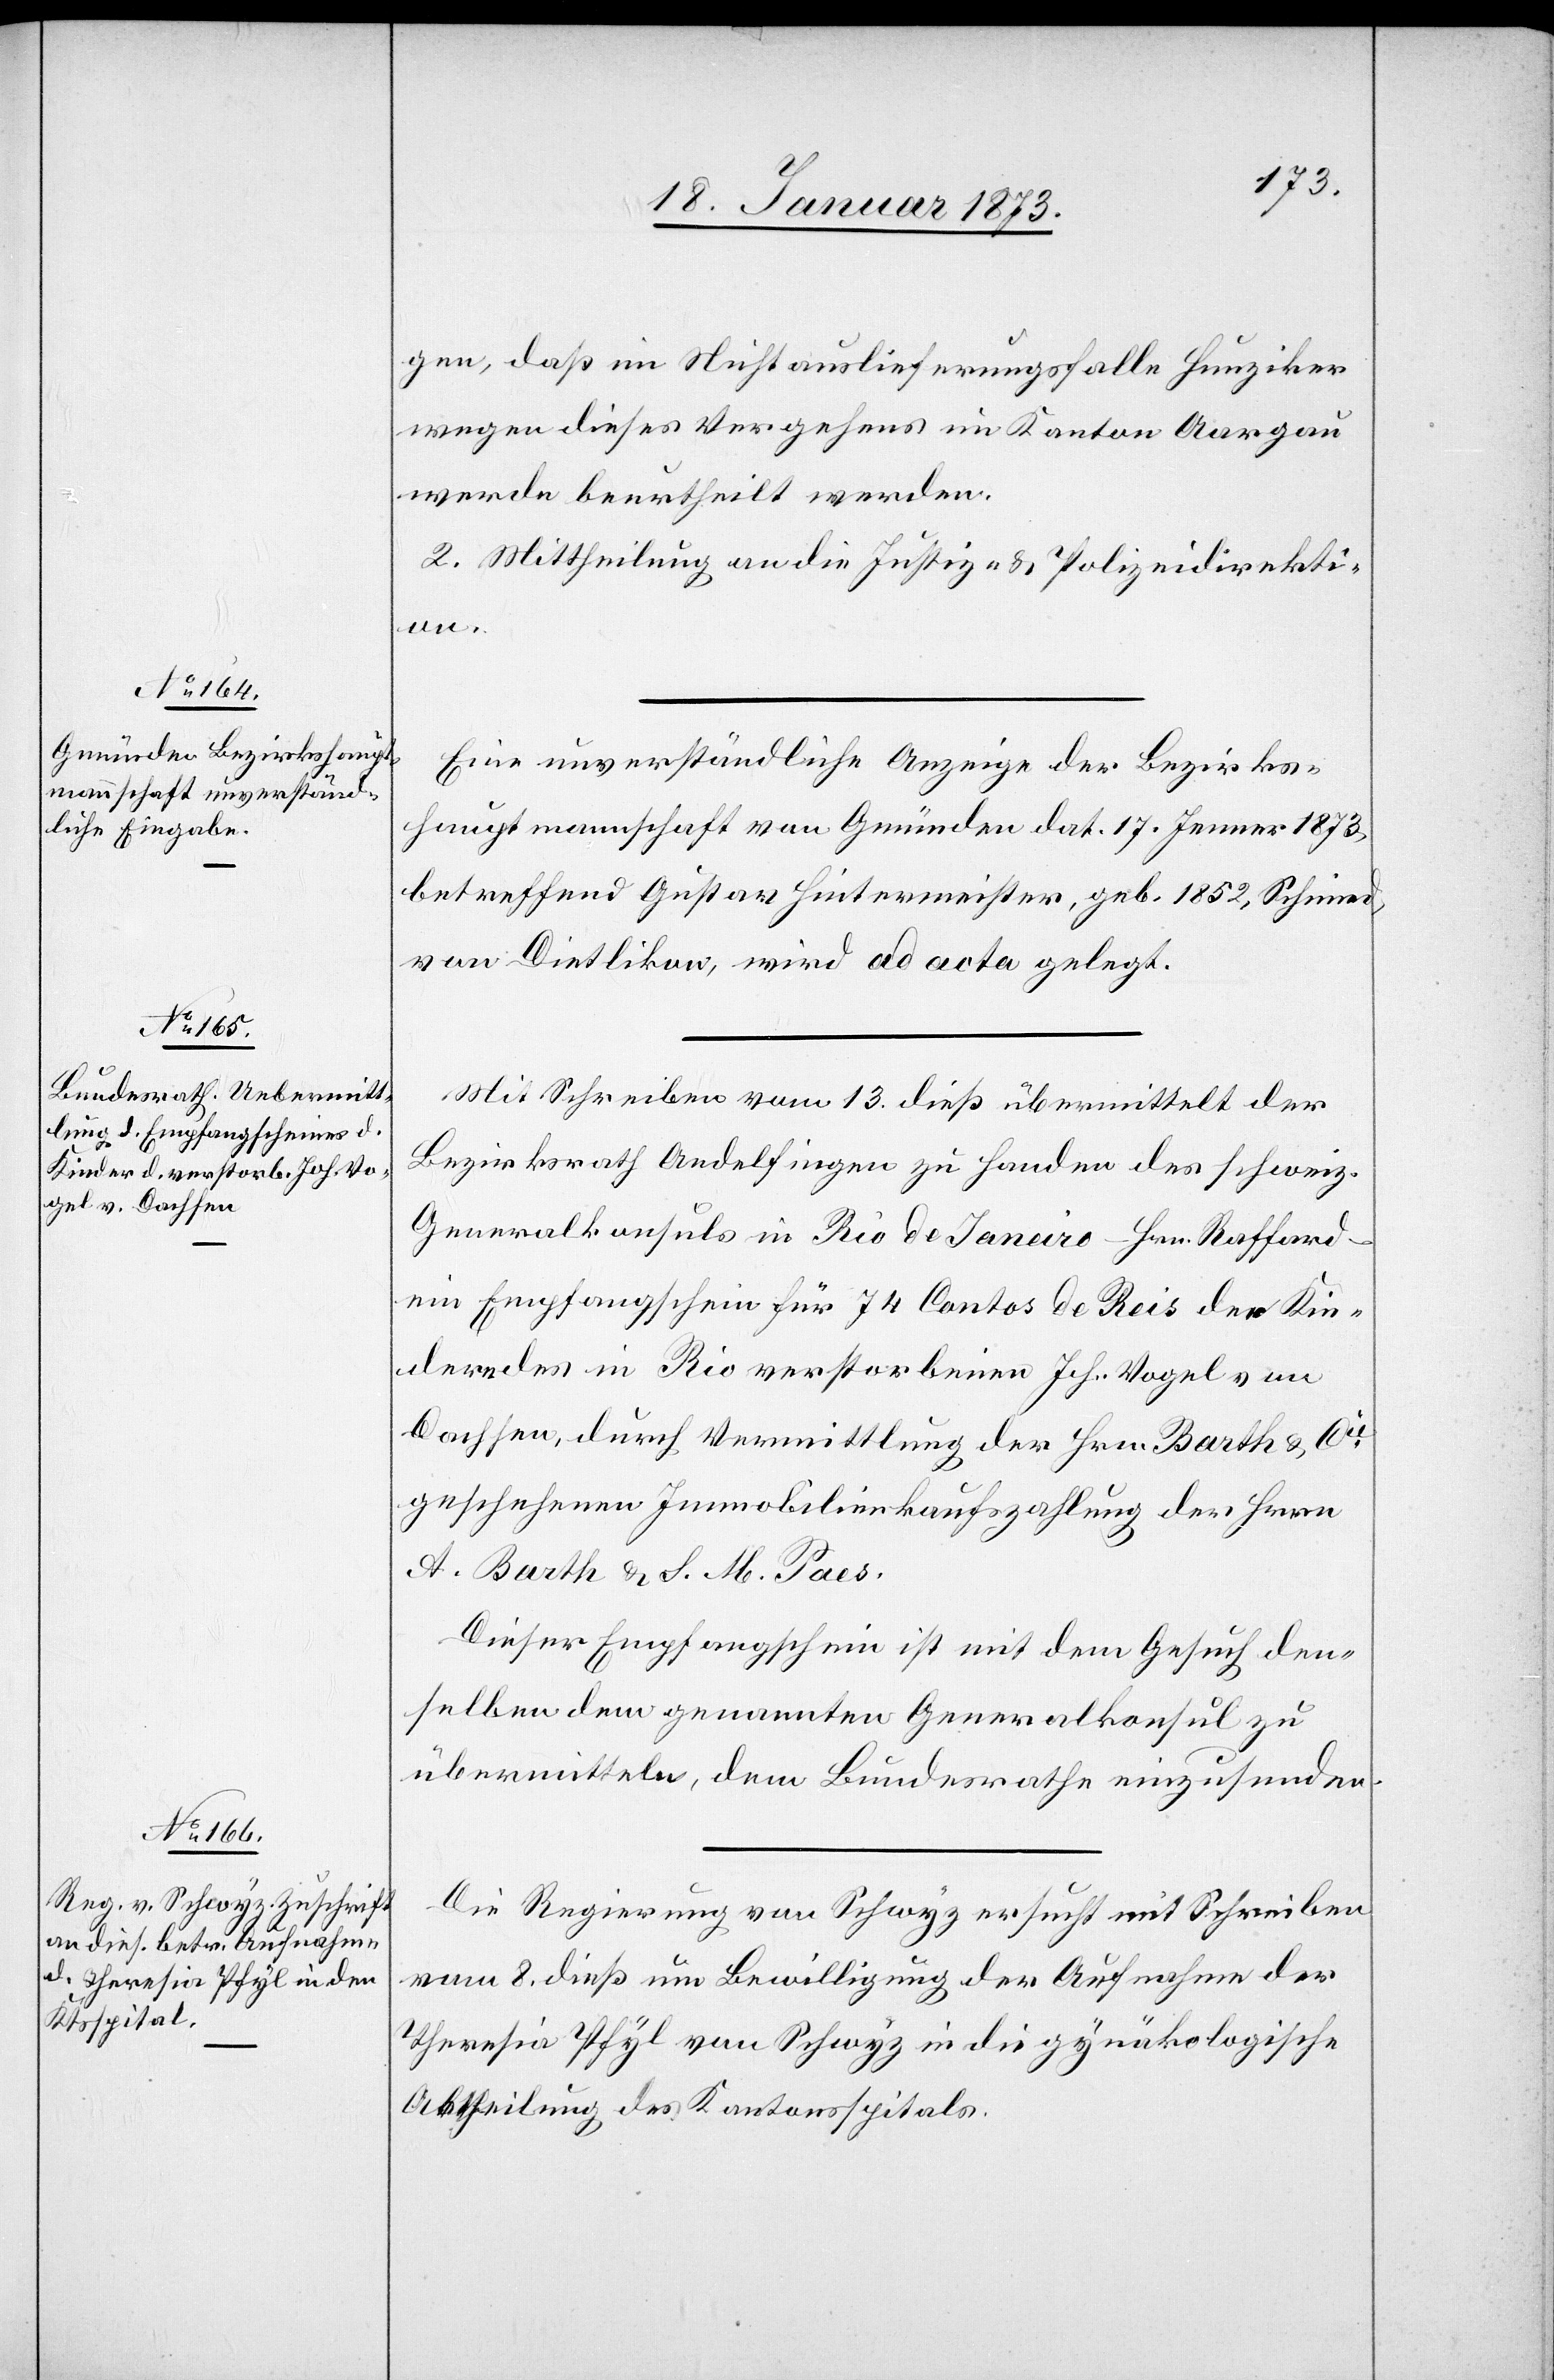
20. Januar 1873.]
gen, daß im Nichtauslieferungsfalle Hunziker
wegen dieses Vergehens im Kanton Aargau
werde beurtheilt werden.
2. Mittheilung an die Justiz- u. Polizeidirekti¬
on.
Eine unverständliche Anzeige der Bezirks¬
hauptmannschaft von Gmünden dat. 17. Jenner 1873,
betreffend Gustav Hintermeister, geb. 1852, Schmied
von Dietlikon, wird ad acta gelegt.
Mit Schreiben vom 13. dieß übermittelt der
Bezirksrath Andelfingen zu Handen des schweiz.
Generalkonsuls in Rio de Janeiro – Hrn. Raffard
ein Empfangschein für 74 Cantos de Reis der Kin¬
der des in Rio verstorbenen Joh. Vogel von
Dachsen, durch Vermittlung der Hrn. Barth u. Cie
geschehenen Immobilienkaufszahlung der Herrn
A. Barth u. L. M. Paes.
Dieser Empfangschein ist mit dem Gesuch den¬
selben dem genannten Generalkonsul zu
übermitteln, dem Bundesrathe einzusenden.
Die Regierung von Schwyz ersucht mit Schreiben
vom 8. dieß um Bewilligung der Aufnahme der
Theresia Pfyl von Schwyz in die gynäkologische
Abtheilung des Kantonsspitals.